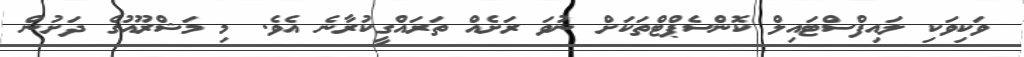
ވަކިވަކި ލައިފްސްޓައިލް ކޮންސެޕްޓްތަކަށް ނުވަ ރަށެއް ތަރައްގީކުރާނެ އެވެ. މި މަޝްރޫއުގެ ދަށުން